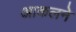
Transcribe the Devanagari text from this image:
आकलने